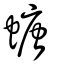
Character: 螗